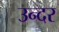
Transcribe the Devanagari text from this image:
उन्दर